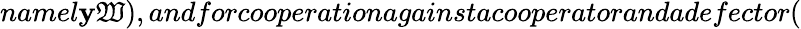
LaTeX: namel\mathbf{y}\mathfrak{W}),andforcooperationagainstacooperatorandadefector(